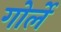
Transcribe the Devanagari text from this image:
गोर्ले